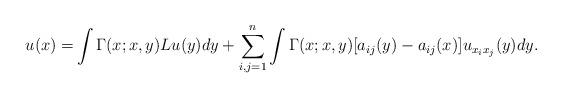
LaTeX: \begin{align*}u(x) = & \int \Gamma(x;x,y) Lu(y) dy + \sum _{i,j=1}^{n} \int \Gamma(x;x,y) [a_{ij}(y)-a_{ij}(x)] u_{x_{i}x_{j}}(y) dy.\end{align*}